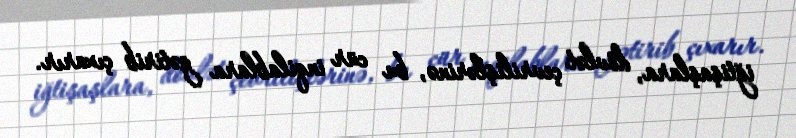
iğtişaşlara, dövlət çevrilişlərinə, bu cür inqilablara gətirib çıxarır.